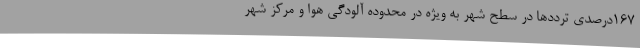
167درصدی ترددها در سطح شهر به ویژه در محدوده آلودگی هوا و مرکز شهر